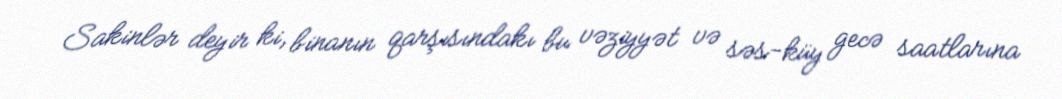
Sakinlər deyir ki, binanın qarşısındakı bu vəziyyət və səs-küy gecə saatlarına